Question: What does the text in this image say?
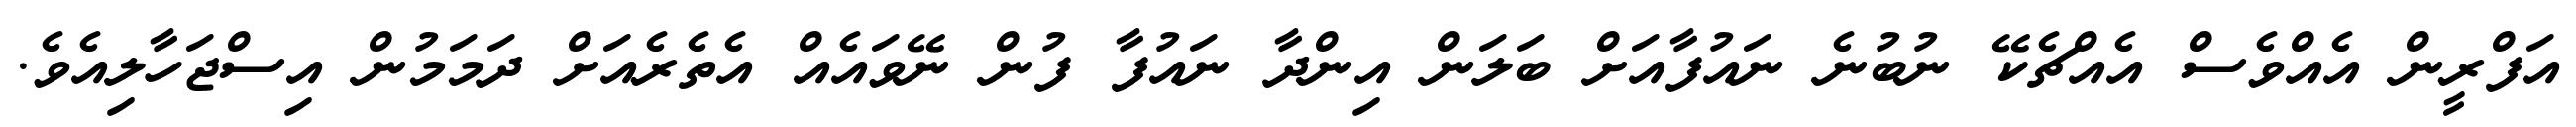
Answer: އަފްރީން އެއްވެސް އެއްޗެކޭ ނުބުނެ ނައުފާއަށް ބަލަން އިންދާ ނައުފާ ފުން ނޭވައެއް އެތެރެއަށް ދަމަމުން އިސްޖަހާލިއެވެ.